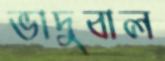
ভাদুবাল